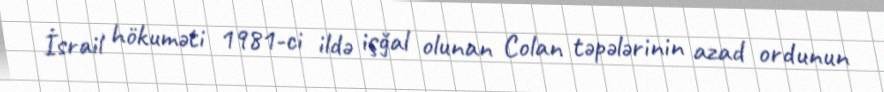
İsrail hökuməti 1981-ci ildə işğal olunan Colan təpələrinin azad ordunun